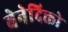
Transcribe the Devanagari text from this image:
बेनेदिक्तो